Indian journal of veterinary science and animal husbandry - Volume 1,
Year: 1931
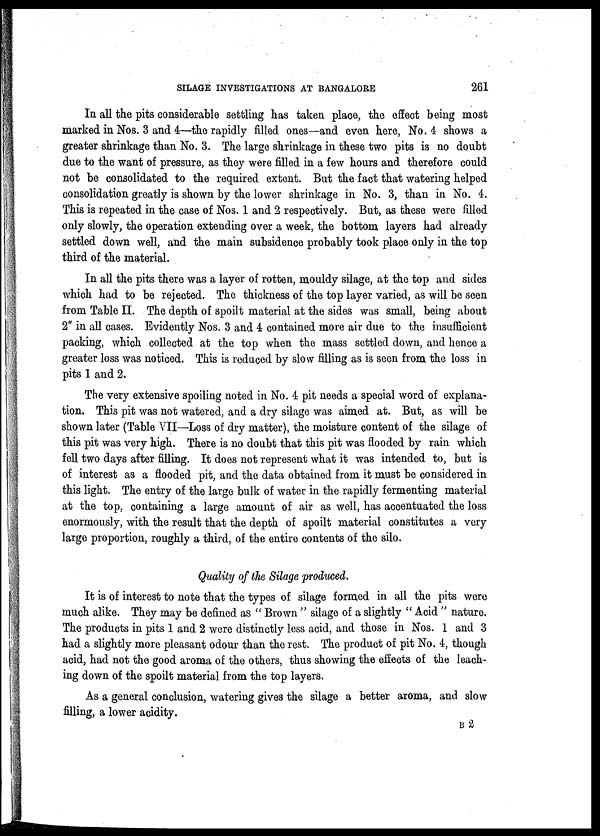
SILAGE INVESTIGATIONS AT BANGALORE
261
In all the pits considerable settling has taken place, the effect being most
marked in Nos. 3 and 4—the rapidly filled ones—and even here, No. 4 shows a
greater shrinkage than No. 3. The large shrinkage in these two pits is no doubt
due to the want of pressure, as they were filled in a few hours and therefore could
not be consolidated to the required extent. But the fact that watering helped
consolidation greatly is shown by the lower shrinkage in No. 3, than in No. 4.
This is repeated in the case of Nos. 1 and 2 respectively. But, as these were filled
only slowly, the operation extending over a week, the bottom layers had already
settled down well, and the main subsidence probably took place only in the top
third of the material.
In all the pits there was a layer of rotten, mouldy silage, at the top and sides
which had to be rejected. The thickness of the top layer varied, as will be seen
from Table II. The depth of spoilt material at the sides was small, being about
2" in all cases. Evidently Nos. 3 and 4 contained more air due to the insufficient
packing, which collected at the top when the mass settled down, and hence a
greater loss was noticed. This is reduced by slow filling as is seen from the loss in
pits 1 and 2.
The very extensive spoiling noted in No. 4 pit needs a special word of explana-
tion. This pit was not watered, and a dry silage was aimed at. But, as will be
shown later (Table VII—Loss of dry matter), the moisture content of the silage of
this pit was very high. There is no doubt that this pit was flooded by rain which
fell two days after filling. It does not represent what it was intended to, but is
of interest as a flooded pit, and the data obtained from it must be considered in
this light. The entry of the large bulk of water in the rapidly fermenting material
at the top, containing a large amount of air as well, has accentuated the loss
enormously, with the result that the depth of spoilt material constitutes a very
large proportion, roughly a third, of the entire contents of the silo.
Quality of the Silage produced.
It is of interest to note that the types of silage formed in all the pits were
much alike. They may be defined as " Brown " silage of a slightly " Acid " nature.
The products in pits 1 and 2 were distinctly less acid, and those in Nos. 1 and 3
had a slightly more pleasant odour than the rest. The product of pit No. 4, though
acid, had not the good aroma of the others, thus showing the effects of the leach-
ing down of the spoilt material from the top layers.
As a general conclusion, watering gives the silage a better aroma, and slow
filling, a lower acidity.
B 2